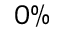
0 \%